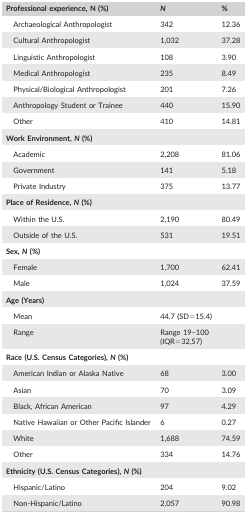
<table><thead><tr><td><b>Professional experience, N (%)</b></td><td><b><i>N</i></b></td><td><b>%</b></td></tr></thead><tbody><tr><td>Archaeological Anthropologist</td><td>342</td><td>12.36</td></tr><tr><td>Cultural Anthropologist</td><td>1,032</td><td>37.28</td></tr><tr><td>Linguistic Anthropologist</td><td>108</td><td>3.90</td></tr><tr><td>Medical Anthropologist</td><td>235</td><td>8.49</td></tr><tr><td>Physical/Biological Anthropologist</td><td>201</td><td>7.26</td></tr><tr><td>Anthropology Student or Trainee</td><td>440</td><td>15.90</td></tr><tr><td>Other</td><td>410</td><td>14.81</td></tr><tr><td><b>Work Environment, <i>N</i> (%)</b></td><td></td><td></td></tr><tr><td>Academic</td><td>2,208</td><td>81.06</td></tr><tr><td>Government</td><td>141</td><td>5.18</td></tr><tr><td>Private Industry</td><td>375</td><td>13.77</td></tr><tr><td><b>Place of Residence, <i>N</i> (%)</b></td><td></td><td></td></tr><tr><td>Within the U.S.</td><td>2,190</td><td>80.49</td></tr><tr><td>Outside of the U.S.</td><td>531</td><td>19.51</td></tr><tr><td><b>Sex, <i>N</i> (%)</b></td><td></td><td></td></tr><tr><td>Female</td><td>1,700</td><td>62.41</td></tr><tr><td>Male</td><td>1,024</td><td>37.59</td></tr><tr><td><b>Age (Years)</b></td><td></td><td></td></tr><tr><td>Mean</td><td>44.7 (SD=15.4)</td><td></td></tr><tr><td>Range</td><td>Range 19–100 (IQR=32,57)</td><td></td></tr><tr><td><b>Race (U.S. Census Categories), <i>N</i> (%)</b></td><td></td><td></td></tr><tr><td>American Indian or Alaska Native</td><td>68</td><td>3.00</td></tr><tr><td>Asian</td><td>70</td><td>3.09</td></tr><tr><td>Black, African American</td><td>97</td><td>4.29</td></tr><tr><td>Native Hawaiian or Other Pacific Islander</td><td>6</td><td>0.27</td></tr><tr><td>White</td><td>1,688</td><td>74.59</td></tr><tr><td>Other</td><td>334</td><td>14.76</td></tr><tr><td><b>Ethnicity (U.S. Census Categories), <i>N</i> (%)</b></td><td></td><td></td></tr><tr><td>Hispanic/Latino</td><td>204</td><td>9.02</td></tr><tr><td>Non‐Hispanic/Latino</td><td>2,057</td><td>90.98</td></tr></tbody></table>